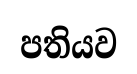
පතියව